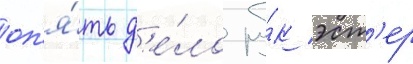
оп'я́ть д'е́ло ру́к эст'ер